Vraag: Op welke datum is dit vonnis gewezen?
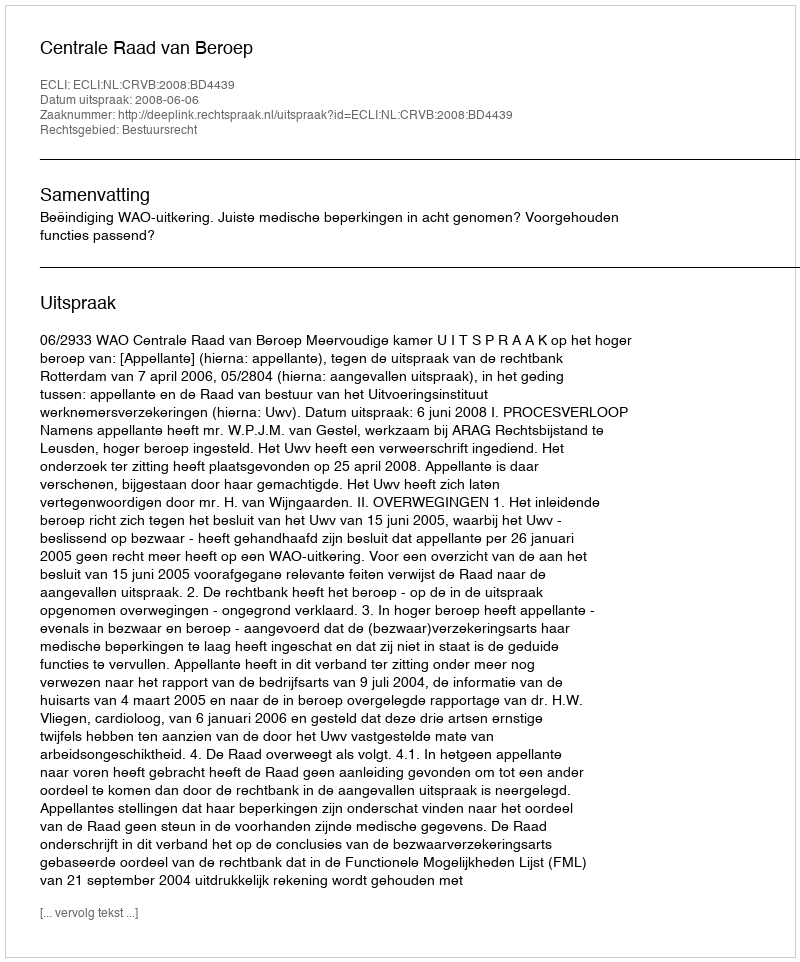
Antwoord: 2008-06-06